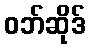
ဝဘ်ဆိုဒ်